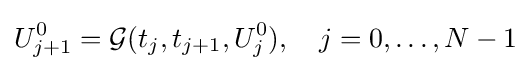
U_{j+1}^{0}={\mathcal {G}}(t_{j},t_{j+1},U_{j}^{0}),\quad j=0,\ldots ,N-1